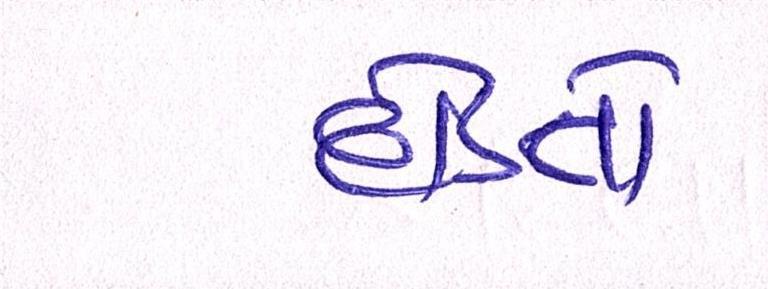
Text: દોડતો